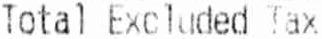
TOTAL EXCLUDED TAX